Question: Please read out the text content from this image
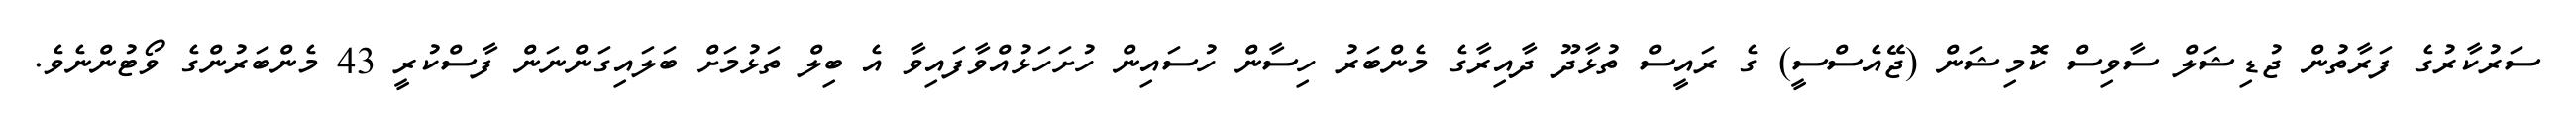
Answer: ސަރުކާރުގެ ފަރާތުން ޖުޑިޝަލް ސާވިސް ކޮމިޝަން (ޖޭއެސްސީ) ގެ ރައީސް ތުޅާދޫ ދާއިރާގެ މެންބަރު ހިސާން ހުސައިން ހުށަހަޅުއްވާފައިވާ އެ ބިލް ތަޅުމަށް ބަލައިގަންނަން ފާސްކުރީ 43 މެންބަރުންގެ ވޯޓުންނެވެ.